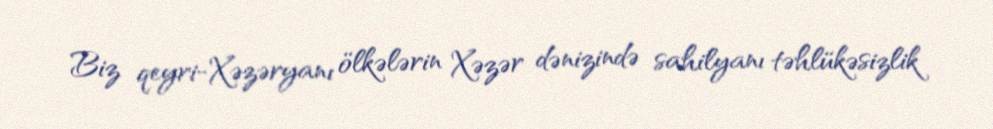
Biz qeyri-Xəzəryanı ölkələrin Xəzər dənizində sahilyanı təhlükəsizlik